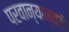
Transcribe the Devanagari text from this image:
परवान्यान्वये